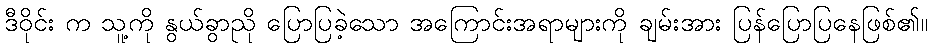
ဒီဝိုင်း က သူ့ကို နွယ်ခွာညို ပြောပြခဲ့သော အကြောင်းအရာများကို ချမ်းအား ပြန်ပြောပြနေဖြစ်၏။